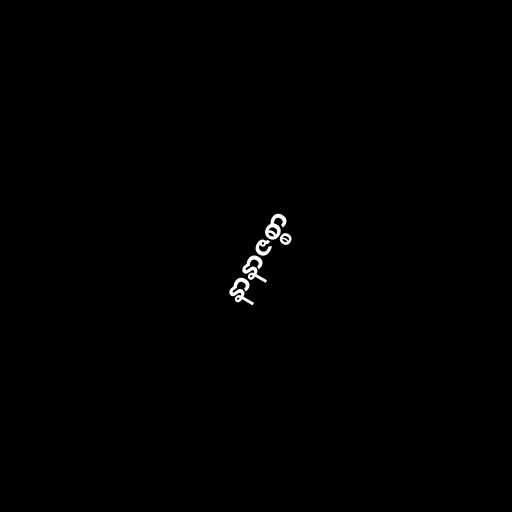
နာနာဇစ္စာ